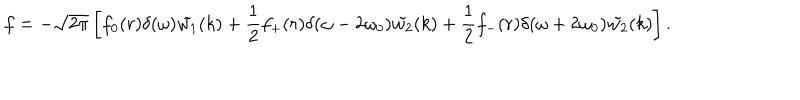
f = - \sqrt { 2 \pi } \left[ f _ { 0 } ( r ) \delta ( \omega ) \tilde { w _ { 1 } } ( k ) + \frac { 1 } { 2 } f _ { + } ( r ) \delta ( \omega - 2 \omega _ { 0 } ) \tilde { w _ { 2 } } ( k ) + \frac { 1 } { 2 } f _ { - } ( r ) \delta ( \omega + 2 \omega _ { 0 } ) \tilde { w _ { 2 } } ( k ) \right] .